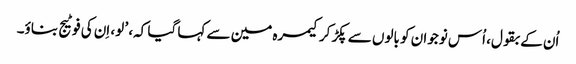
اُن کے بقول، اُس نوجوان کو بالوں سے پکڑ کر کیمرہ مین سے کہا گیا کہ، ’ لو، اِن کی فوٹیج بناؤ۔